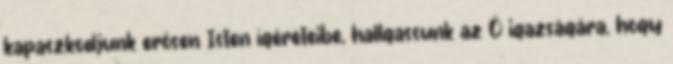
kapaszkodjunk erősen Isten ígéreteibe, hallgassunk az Ő igazságára, hogy